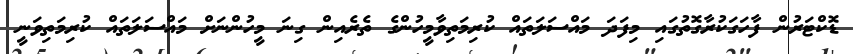
ޑޮކްޓަރުން ފާހަގަކުރާގޮތުގައި މިފަދަ މައްސަލަތައް ކުރިމަތިވާމީހުންގެ ތެރެއިން ގިނަ މީހުންނަށް މައްސަލަތައް ކުރިމަތިވަނީ